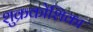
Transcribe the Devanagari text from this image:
शुक्रकोशिका